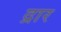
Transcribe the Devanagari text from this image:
द्रार